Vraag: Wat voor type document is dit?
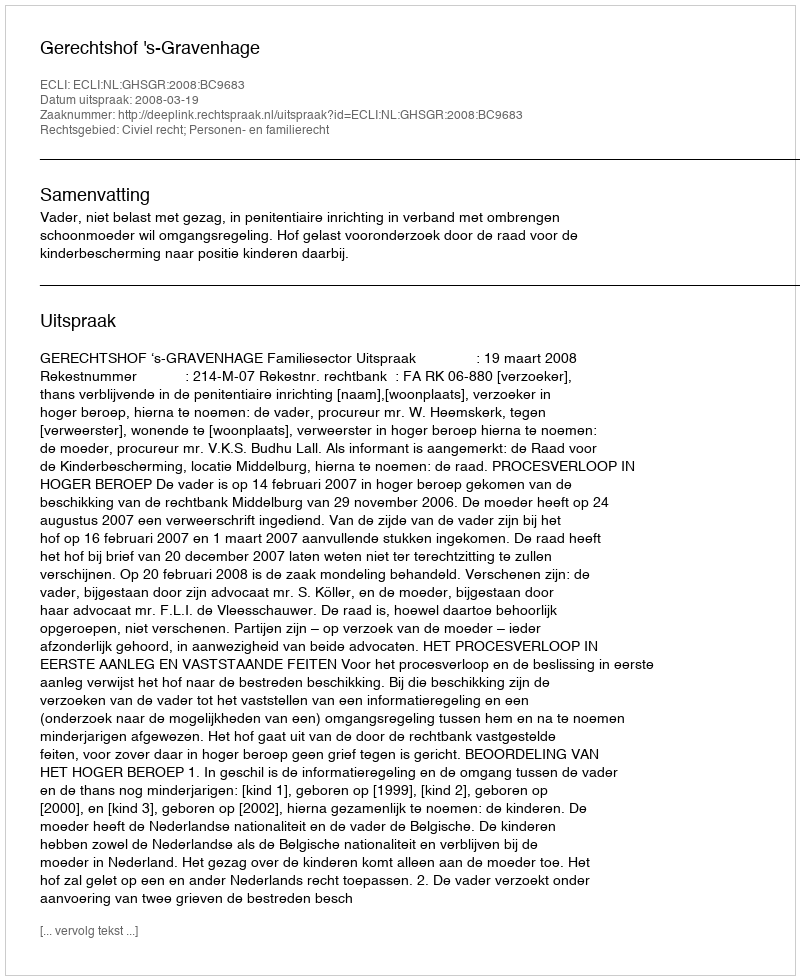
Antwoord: Uitspraak